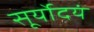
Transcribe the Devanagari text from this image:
सूर्योदयं